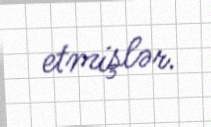
etmişlər.